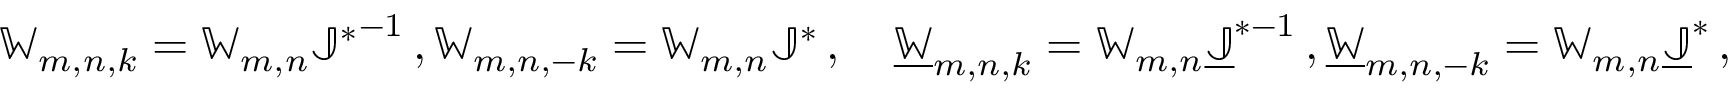
\mathbb { W } _ { m , n , k } = \mathbb { W } _ { m , n } { \mathbb { J } ^ { * } } ^ { - 1 } \, , \mathbb { W } _ { m , n , - k } = \mathbb { W } _ { m , n } \mathbb { J } ^ { * } \, , \quad \underline { { \mathbb { W } } } _ { m , n , k } = \mathbb { W } _ { m , n } \underline { { \mathbb { J } } } ^ { * - 1 } \, , \underline { { \mathbb { W } } } _ { m , n , - k } = \mathbb { W } _ { m , n } \underline { { \mathbb { J } } } ^ { * } \, ,